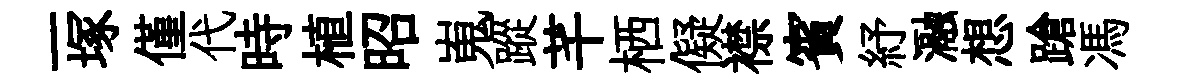
一塚僅代時植昭嵬蹤芊栖儗襟賓紓瀜想蹌馮